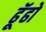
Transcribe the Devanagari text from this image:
ढॅूढो